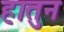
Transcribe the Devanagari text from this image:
हातुन